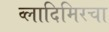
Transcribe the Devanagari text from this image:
व्लादिमिरचा